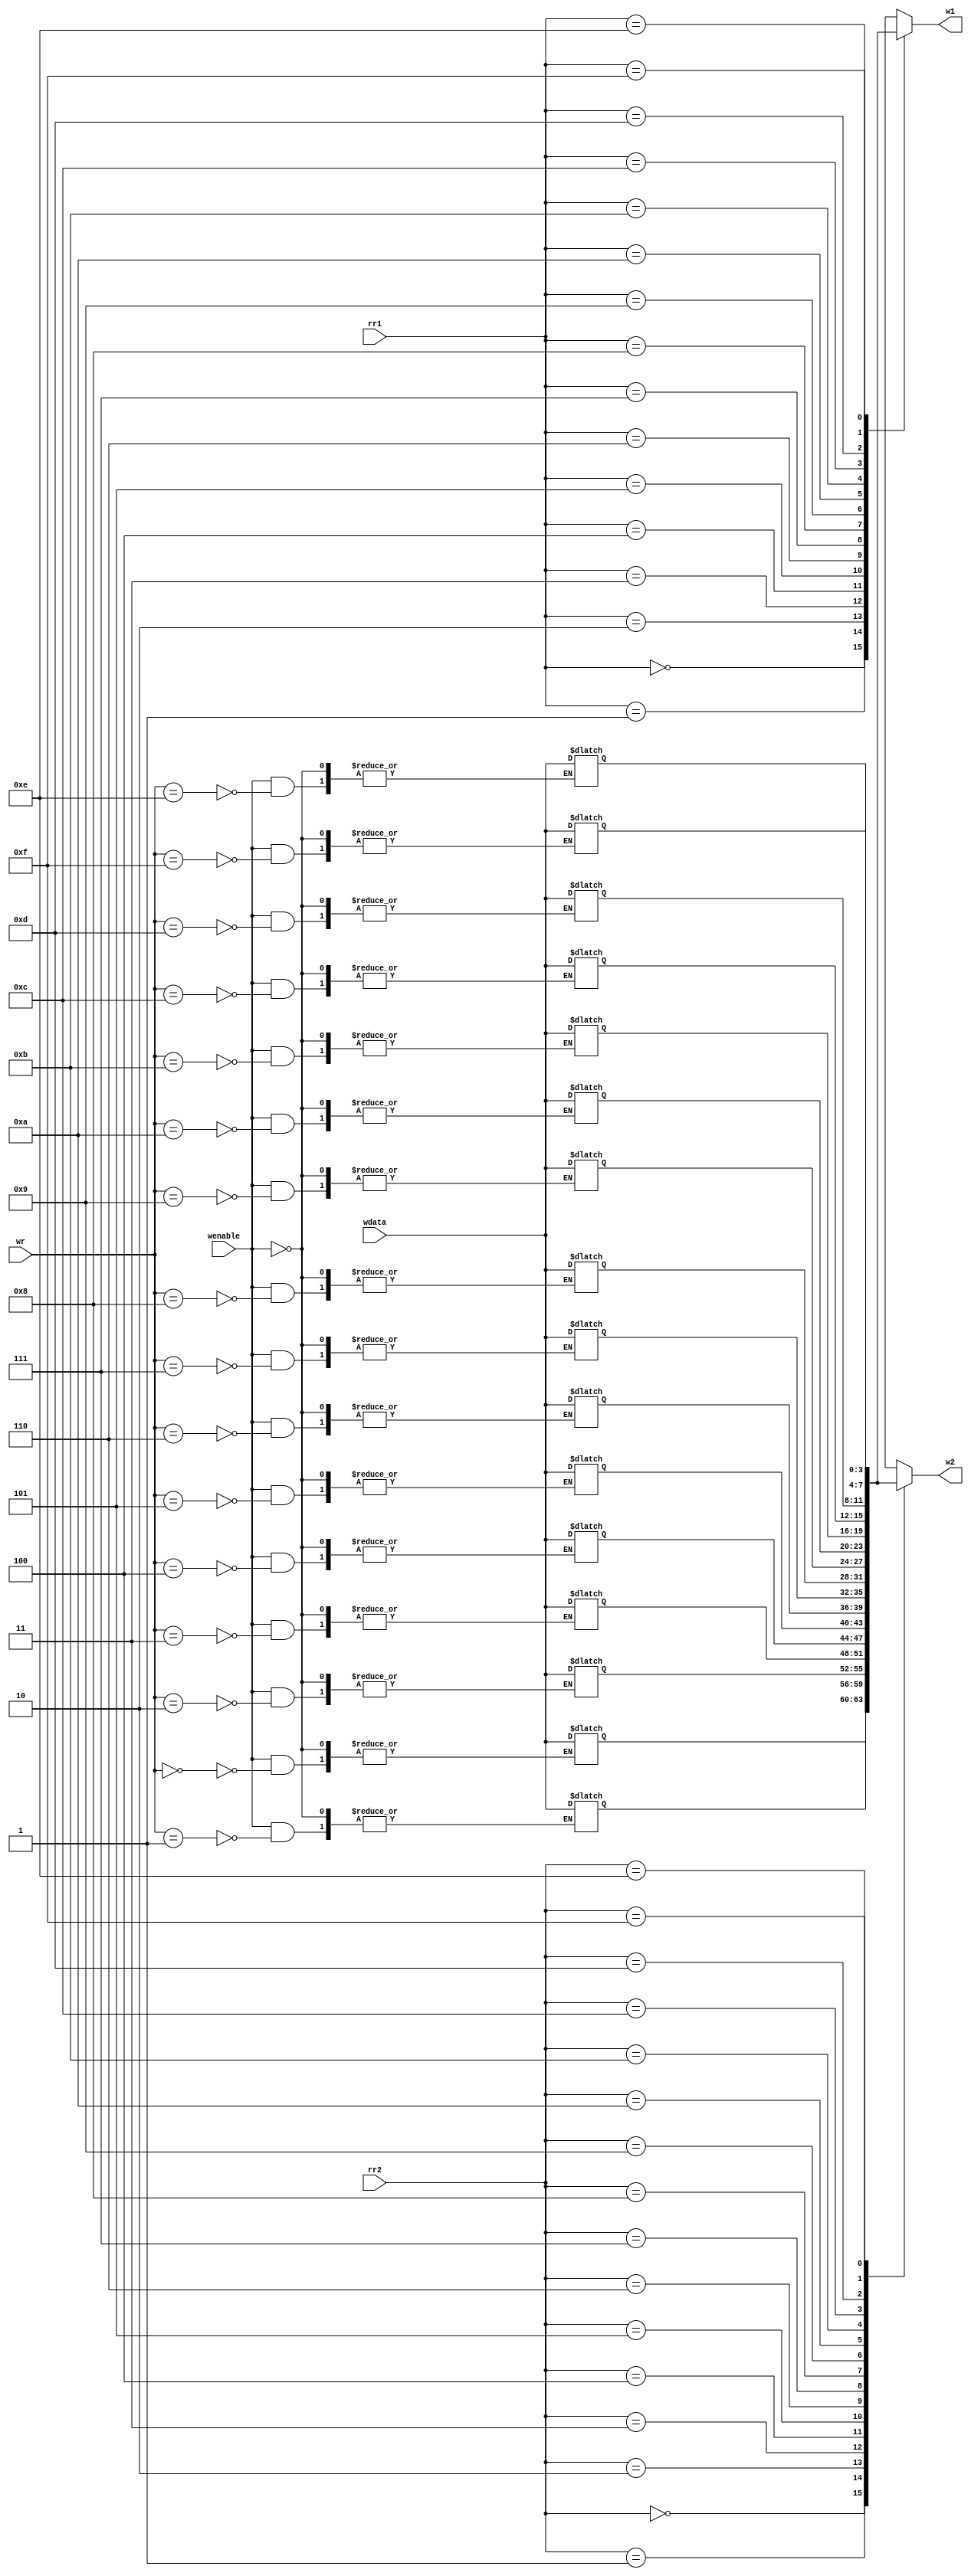
module regfile4x16(
	input [3:0]rr1,		// Read register 1
	input [3:0]rr2,		// Read register 2
	input [3:0]wr,		// Write register
	input [3:0]wdata,	// Write data port
	input wenable,		// Write enable port
	output [3:0] w1,	// Output port		
	output [3:0] w2);	// Output port

reg [3:0] regfile [15:0];

always @(*) begin
	if(wenable) begin
		regfile[wr] <= wdata;
	end
end

assign w1= regfile[rr1];
assign w2= regfile[rr2];

endmodule